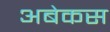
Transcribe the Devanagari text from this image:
अबेकस